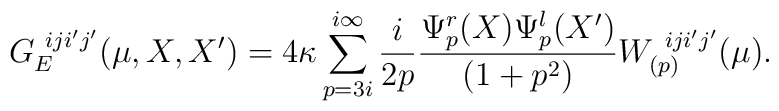
G_{E}^{\ iji'j'}(\mu,X,X') =4\kappa\sum_{p=3i}^{i\infty} \frac{i}{2p}\frac{\Psi_{p}^{r}(X)\Psi_{p}^{l}(X')}{(1+p^2)}W^{\ iji'j'}_{(p)}(\mu).